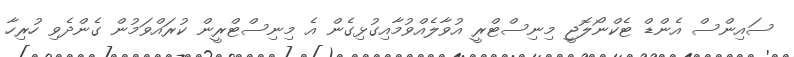
ސައިންސް އެންޑް ޓެކްނޯލޮޖީ މިނިސްޓްރީ އުވާލެއްވުމާއިގުޅިގެން އެ މިނިސްޓްރީން ކުރައްވަމުން ގެންދެވި ހުރިހާ